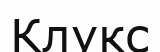
Клукс